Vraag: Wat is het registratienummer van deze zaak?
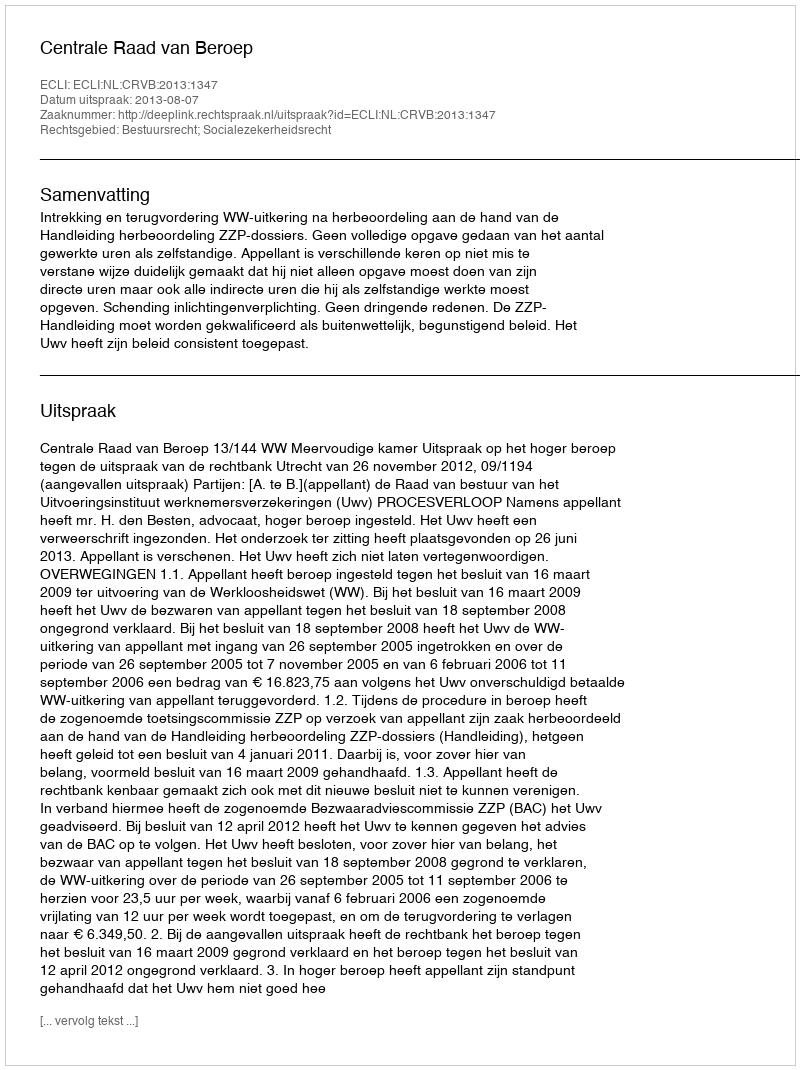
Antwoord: http://deeplink.rechtspraak.nl/uitspraak?id=ECLI:NL:CRVB:2013:1347